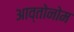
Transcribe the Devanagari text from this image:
आव्तोनोम